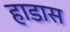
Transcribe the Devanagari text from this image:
हाडास